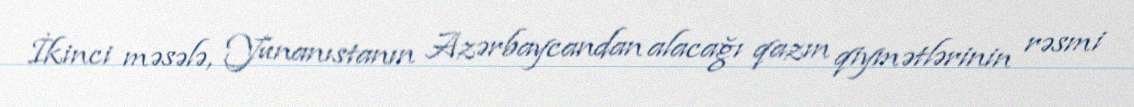
İkinci məsələ, Yunanıstanın Azərbaycandan alacağı qazın qiymətlərinin rəsmi